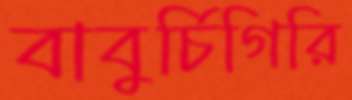
বাবুর্চিগিরি